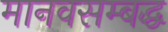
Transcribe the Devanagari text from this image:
मानवसम्बद्ध